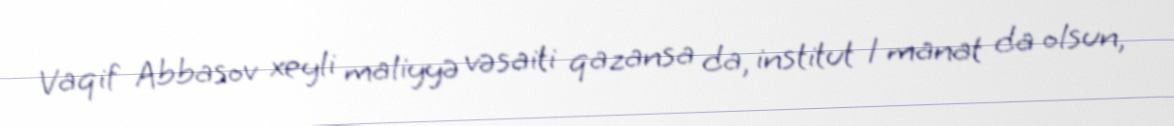
Vaqif Abbasov xeyli maliyyə vəsaiti qazansa da, institut 1 manat da olsun,